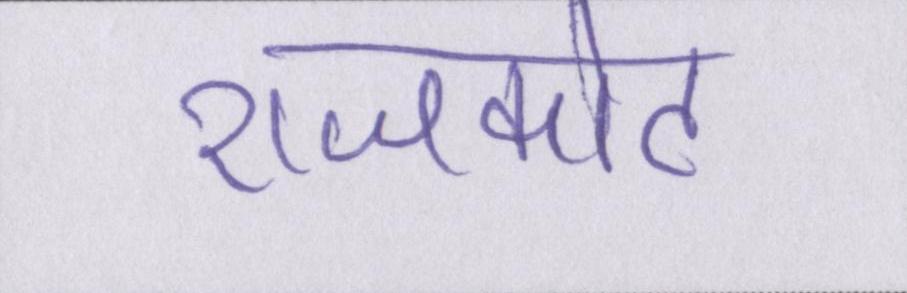
राजकोट